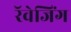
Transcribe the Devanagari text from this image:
रॅवेजिंग